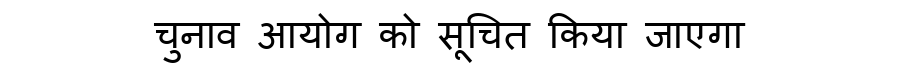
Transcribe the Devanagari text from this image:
चुनाव आयोग को सूचित किया जाएगा